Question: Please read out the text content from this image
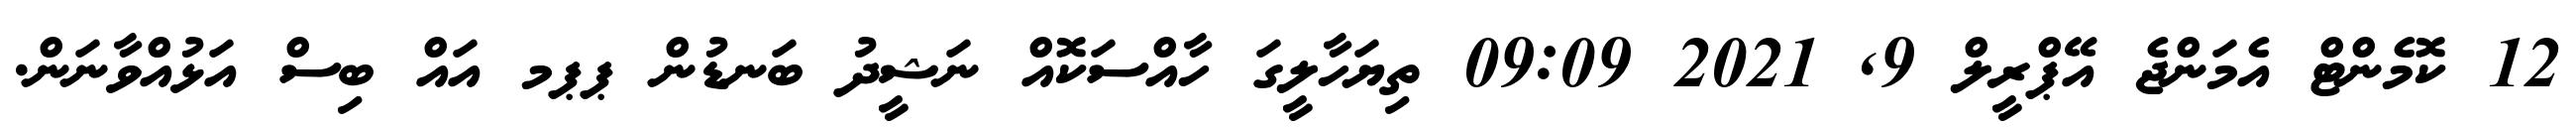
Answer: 12 ކޮމެންޓް އެމަންޖެ އޭޕްރީލް 9, 2021 09:09 ތިޔަހާލީގަ ހާއްސަކޮއް ނަޝީދު ބަނޑުން ޕޕމ އައް ބިސް އަޅުއްވާނަން.